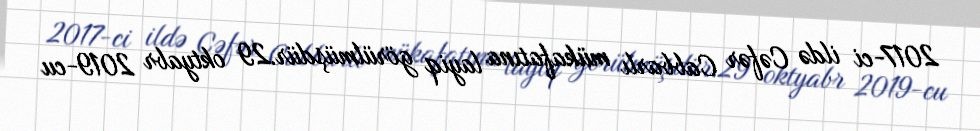
2017-ci ildə Cəfər Cabbarlı mükafatına layiq görülmüşdür.29 oktyabr 2019-cu